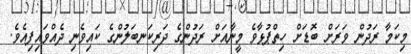
މިކަމާ ރަދުން ވަރަށް ބޮޑަށް ހިތްޕުޅާވެ މީނާއަށް ރަދުންގެ ދަރިކަނބަލުންގެ ކައިވެނި ދެއްވައިފިއެވެ.